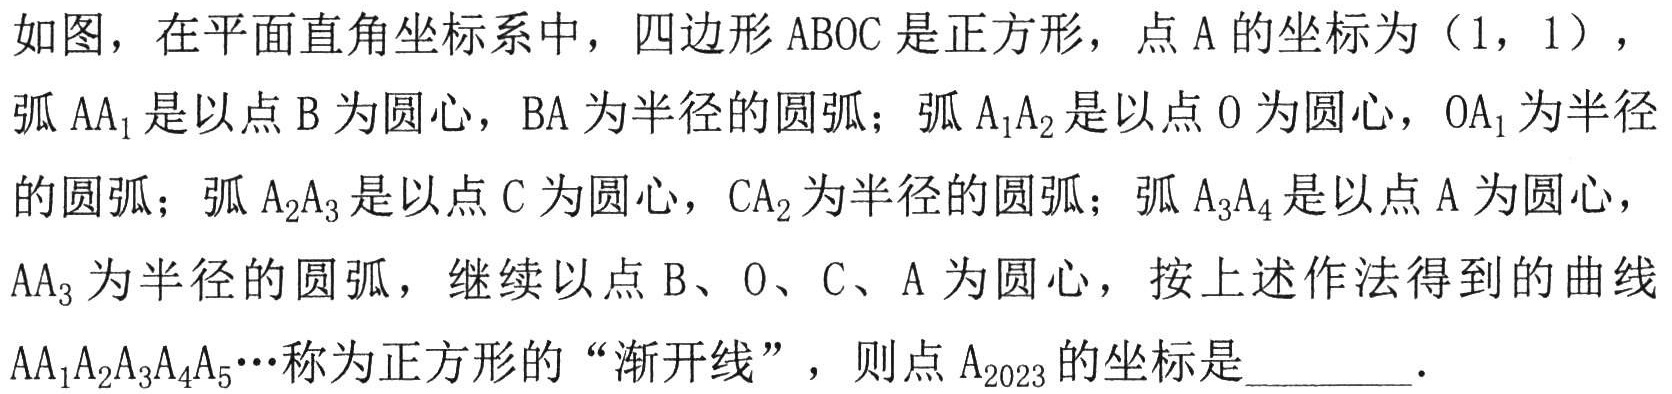
如图，在平面直角坐标系中，四边形 \(ABOC\) 是正方形，点 \(A\) 的坐标为 \((1,1)\)，
弧 \(AA_{1}\) 是以点 \(B\) 为圆心，\(BA\) 为半径的圆弧；弧 \(A_{1}A_{2}\) 是以点 \(O\) 为圆心，\(OA_{1}\) 为半径
的圆弧；弧 \(A_{2}A_{3}\) 是以点 \(C\) 为圆心，\(CA_{2}\) 为半径的圆弧；弧 \(A_{3}A_{4}\) 是以点 \(A\) 为圆心，
\(AA_{3}\) 为半径的圆弧，继续以点 \(B\)、\(O\)、\(C\)、\(A\) 为圆心，按上述作法得到的曲线
\(AA_{1}A_{2}A_{3}A_{4}A_{5}\cdots\) 称为正方形的“渐开线”，则点 \(A_{2023}\) 的坐标是  ．